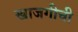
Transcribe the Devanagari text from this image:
खाजगीची